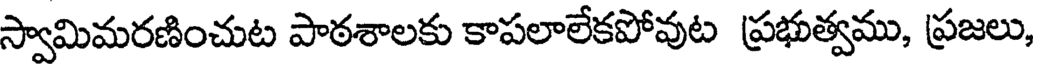
స్వామిమరణించుట పాఠశాలకు కాపలాలేకపోవుట ప్రభుత్వము, ప్రజలు,